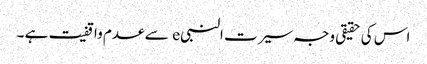
اس کی حقیقی وجہ سیرت النبیe سے عدم واقفیت ہے ۔